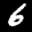
Label: 6